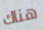
هناك